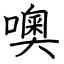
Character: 噢